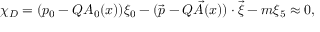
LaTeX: \chi _ { D } = ( p _ { 0 } - Q A _ { 0 } ( x ) ) \xi _ { 0 } - ( \vec { p } - Q \vec { A } ( x ) ) \cdot \vec { \xi } - m \xi _ { 5 } \approx 0 ,